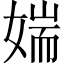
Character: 媏